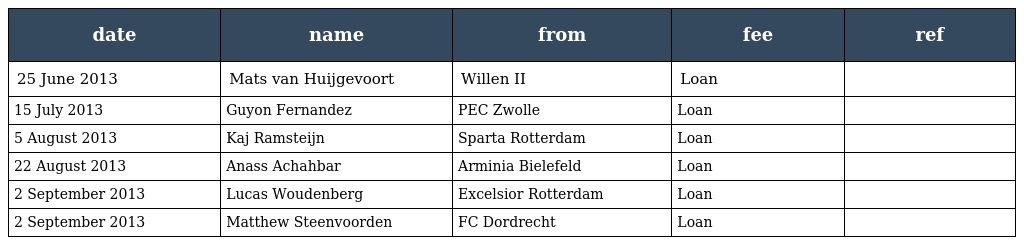
| date | name | from | fee | ref |
 | --- | --- | --- | --- | --- |
 | 25 June 2013 | Mats van Huijgevoort | Willen II | Loan |  |
 | 15 July 2013 | Guyon Fernandez | PEC Zwolle | Loan |  |
 | 5 August 2013 | Kaj Ramsteijn | Sparta Rotterdam | Loan |  |
 | 22 August 2013 | Anass Achahbar | Arminia Bielefeld | Loan |  |
 | 2 September 2013 | Lucas Woudenberg | Excelsior Rotterdam | Loan |  |
 | 2 September 2013 | Matthew Steenvoorden | FC Dordrecht | Loan |  |